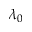
\lambda _ { 0 }